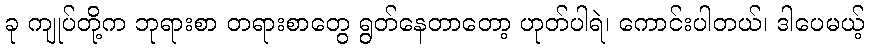
ခု ကျုပ်တို့က ဘုရားစာ တရားစာတွေ ရွတ်နေတာတော့ ဟုတ်ပါရဲ၊ ကောင်းပါတယ်၊ ဒါပေမယ့်